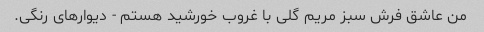
من عاشق فرش سبز مریم گلی با غروب خورشید هستم - دیوارهای رنگی.